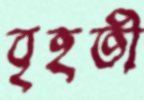
বৃহতী